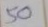
50